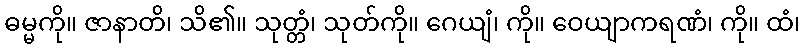
ဓမ္မကို။ ဇာနာတိ၊ သိ၏။ သုတ္တံ၊ သုတ်ကို။ ဂေယျံ၊ ကို။ ဝေယျာကရဏံ၊ ကို။ ထံ၊